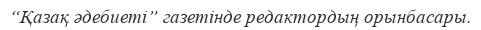
“Қазақ әдебиеті” газетінде редактордың орынбасары.